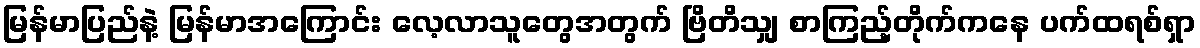
မြန်မာပြည်နဲ့ မြန်မာအကြောင်း လေ့လာသူတွေအတွက် ဗြိတိသျှ စာကြည့်တိုက်ကနေ ပက်ထရစ်ရှာ